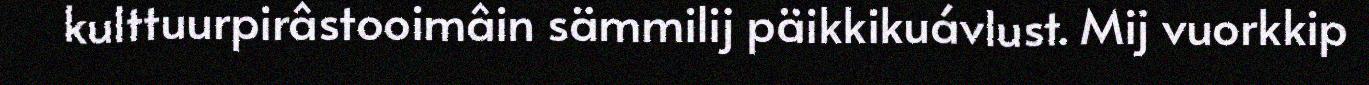
kulttuurpirâstooimâin sämmilij päikkikuávlust. Mij vuorkkip